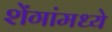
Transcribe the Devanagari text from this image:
शेंगांमध्ये